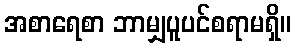
အစာရေစာ ဘာမျှပူပင်စရာမရှိ။